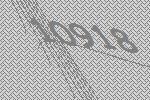
10918